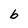
Character: b